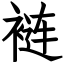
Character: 裢